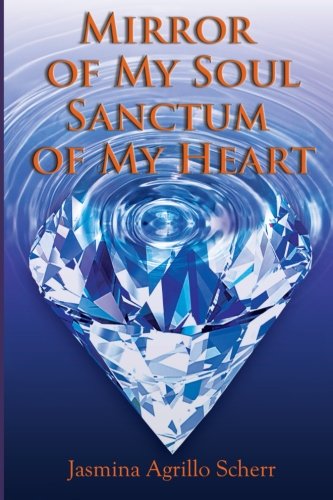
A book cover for Mirror Of My Soul, Sanctum Of My Heart; Jasmina Agrillo Scherr; Self-Help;